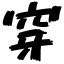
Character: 穿